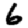
Digit: 6